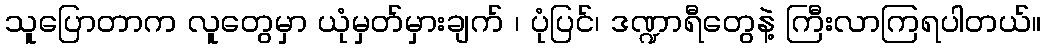
သူပြောတာက လူတွေမှာ ယုံမှတ်မှားချက် ၊ ပုံပြင်၊ ဒဏ္ဍာရီတွေနဲ့ ကြီးလာကြရပါတယ်။